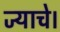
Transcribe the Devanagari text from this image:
ज्याचे।